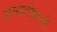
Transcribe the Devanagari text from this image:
आवर्तकालों